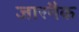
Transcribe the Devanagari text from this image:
जारनैक